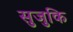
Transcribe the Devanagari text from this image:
सुजुकि